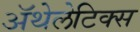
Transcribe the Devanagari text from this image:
ॲथेलेटिक्स